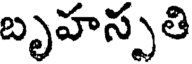
బృహస్పతి